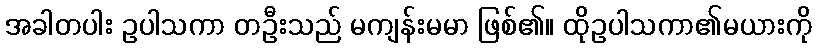
အခါတပါး ဥပါသကာ တဦးသည် မကျန်းမမာ ဖြစ်၏။ ထိုဥပါသကာ၏မယားကို